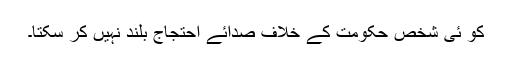
کو ئی شخص حکومت کے خلاف صدائے احتجاج بلند نہیں کر سکتا۔